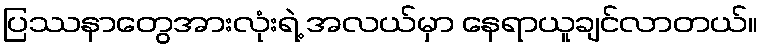
ပြဿနာတွေအားလုံးရဲ့ အလယ်မှာ နေရာယူချင်လာတယ်။